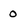
Character: o